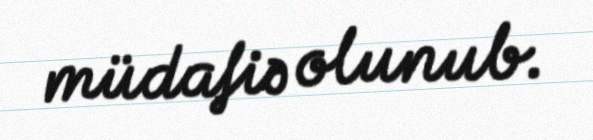
müdafiə olunub.